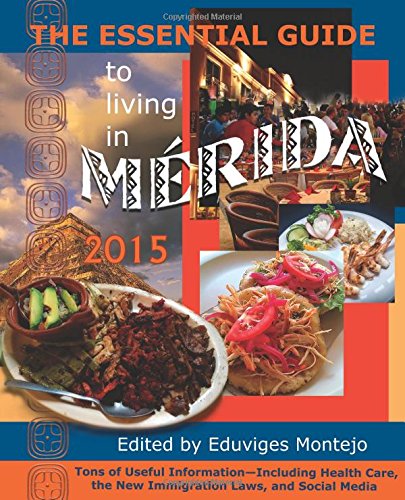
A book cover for The Essential Guide to Living in MÃ©rida 2015: Tons of Useful Information; History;